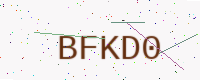
Text: BFKD0